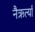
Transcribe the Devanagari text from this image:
नैऋर्त्यां